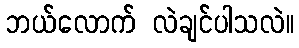
ဘယ်လောက် လဲချင်ပါသလဲ။